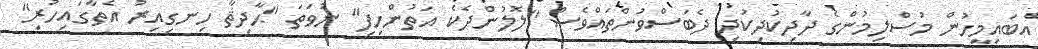
އެބައިމީހުން މުސްލިމުންގެ ދާދިކުދިކުދި ދެބަސްވުންތައްވެސް "ލޮލުންދެކެ އަތުންހިފި" ނުވަތަ "ޙާދިޘާ ހިނގިއިރު އެތާގައިހުރި"